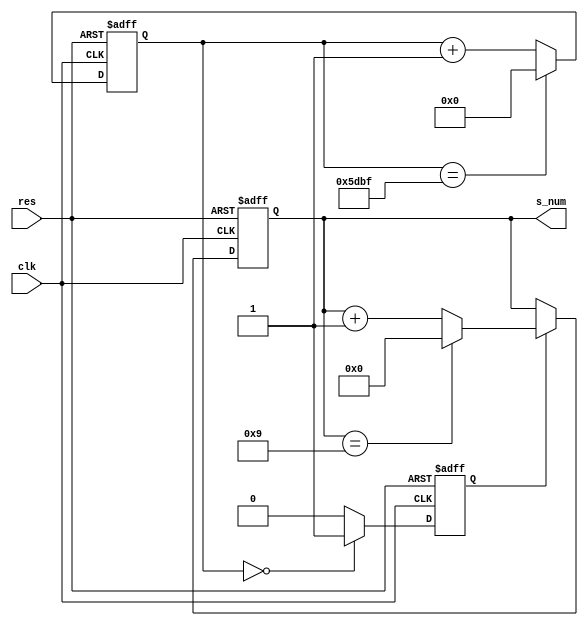
//2022-05-18 ,
//,0-9 ;

`timescale 1ns/10ps
module s_counter(
                 clk,
		           res,
		           s_num,
                 );
input           clk;
input           res;
output[3:0]     s_num;

reg[24:0]       con_t;  //

parameter       frequency_clk=24;  //24MHz

reg             s_pulse ;  //;
reg[3:0]        s_num;
always@(posedge clk or negedge res )

   if (~res )begin 
   	con_t<=0;s_pulse<=0;s_num<=0;
   end

   else begin 

        if (con_t==frequency_clk*1000-1)begin
   	     con_t<=0;
   	  end
        else begin 	 
        con_t<=con_t+1;
        end

        if (con_t==0)begin 
        
        s_pulse <=1;	     
        end

        else begin 
        s_pulse <=0;
        end
        
        if (s_pulse) begin 
            
   	      if (s_num==9) begin  
                           		 
               s_num<=0; 
            end 
            else begin 

               s_num <=s_num +1;
            end 
         end 
   end   

endmodule